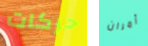
حركات أمران